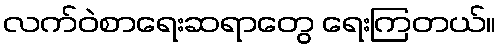
လက်ဝဲစာရေးဆရာတွေ ရေးကြတယ်။